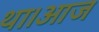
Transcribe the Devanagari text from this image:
था।आज